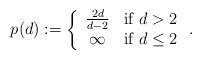
LaTeX: \begin{align*}p(d):= \left\{ \begin{array}{cl} \frac{2d}{d-2} & \mbox{if } d>2 \\ \infty & \mbox{if } d\leq 2\end{array}\right. . \end{align*}